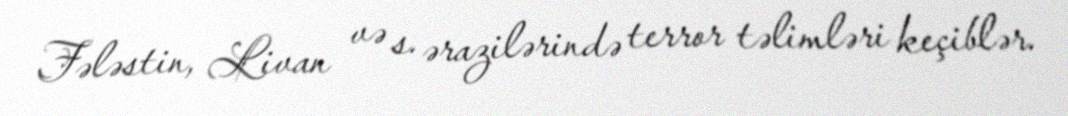
Fələstin, Livan və s. ərazilərində terror təlimləri keçiblər.